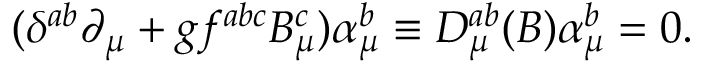
( \delta ^ { a b } \partial _ { \mu } + g f ^ { a b c } B _ { \mu } ^ { c } ) \alpha _ { \mu } ^ { b } \equiv D _ { \mu } ^ { a b } ( B ) \alpha _ { \mu } ^ { b } = 0 .